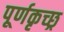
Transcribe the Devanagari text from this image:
पूर्णकृच्छ्र